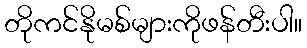
တိုကင်နိုမစ်များကိုဖန်တီးပါ။